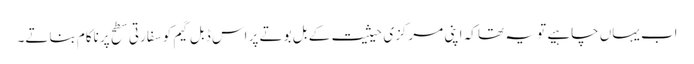
اب یہاں چاہیے تو یہ تھا کہ اپنی مرکزی حیثیت کے بل بوتے پر اس ڈبل گیم کو سفارتی سطح پر ناکام بناتے۔